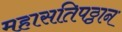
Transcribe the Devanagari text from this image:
महासतिपठ्ठान